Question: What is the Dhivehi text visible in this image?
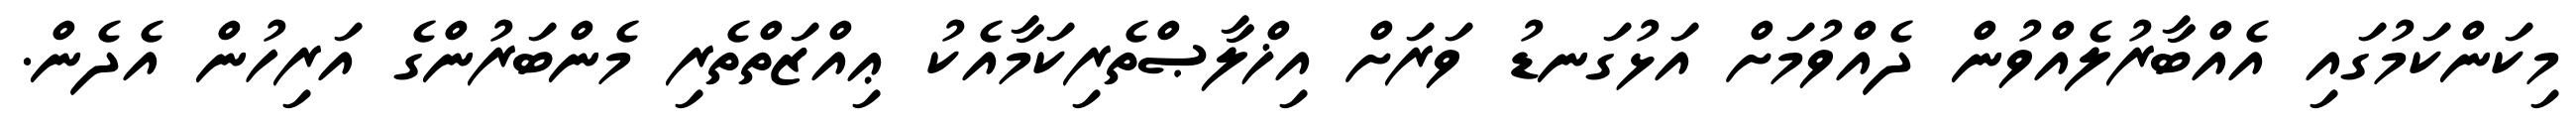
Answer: މިކަންކަމުގައި އެއްބާރުލެއްވުން ދެއްވުމަށް އަޅުގަނޑު ވަރަށް އިޚްލާޞްތެރިކަމާއެކު ޢިއްޒަތްތެރި މެންބަރުންގެ އަރިހުން އެދެން.